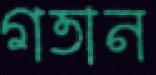
গতান